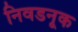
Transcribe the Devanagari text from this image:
निवडनूक